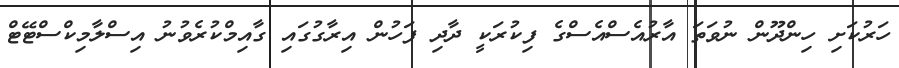
ހަރުކަށި ހިންދޫން ނުވަތަ އާރުއެސްއެސްގެ ފިކުރަކީ ދާދި ފަހުން އިރާގުގައި ގާއިމްކުރެވުނު އިސްލާމިކްސްޓޭޓް